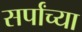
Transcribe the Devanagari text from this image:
सर्पांच्या